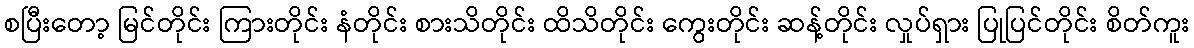
စပြီးတော့ မြင်တိုင်း ကြားတိုင်း နံတိုင်း စားသိတိုင်း ထိသိတိုင်း ကွေးတိုင်း ဆန့်တိုင်း လှုပ်ရှား ပြုပြင်တိုင်း စိတ်ကူး